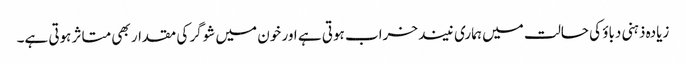
زیادہ ذہنی دباؤ کی حالت میں ہماری نیند خراب ہوتی ہے اور خون میں شوگر کی مقدار بھی متاثر ہوتی ہے۔